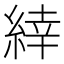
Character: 緈